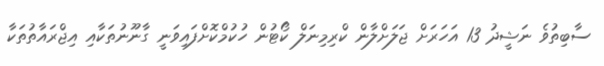
ސާބިތުވެ ނަޝީދު 13 އަހަރަށް ޖަލަށްލާން ކްރިމިނަލް ކޯޓުން ހުކުމްކޮށްފައިވަނީ ގާނޫނުތަކާއި އިޖްރައާތުތަކާ